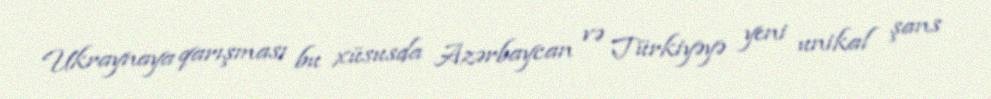
Ukraynaya qarışması bu xüsusda Azərbaycan və Türkiyəyə yeni unikal şans